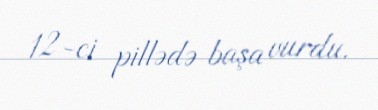
12-ci pillədə başa vurdu.